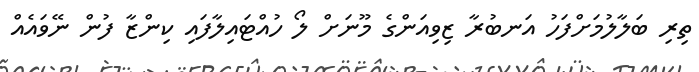
ތިރި ބަލާލުމަށްފަހު އަނބުރާ ޒިވިއަންގެ މޫނަށް ލޯ ހުއްޓައިލާފައި ކިންޒާ ފުން ނޭވައެއް